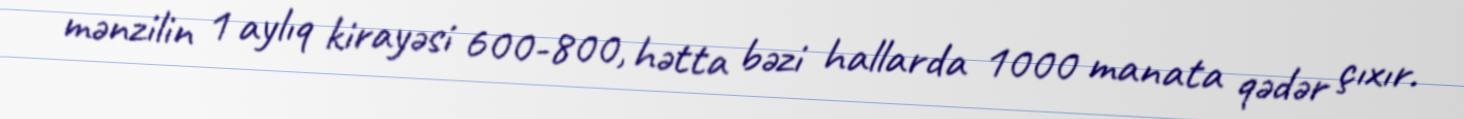
mənzilin 1 aylıq kirayəsi 600-800, hətta bəzi hallarda 1000 manata qədər çıxır.